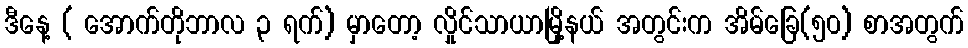
ဒီနေ့ ( အောက်တိုဘာလ ၃ ရက်) မှာတော့ လှိုင်သာယာမြို့နယ် အတွင်းက အိမ်ခြေ(၅၀) စာအတွက်